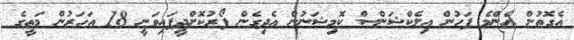
އެގޮތުން އެންމެ ފަހުން އިލެކްޝަންސް ކޮމިޝަނުން އެދިގެން ފޯރުކޮށްދީފައިވަނީ 18 އަހަރުން މަތީގެ